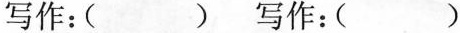
写作：() 写作：()